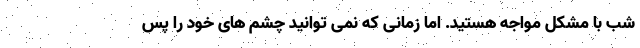
شب با مشکل مواجه هستید. اما زمانی که نمی توانید چشم های خود را پس